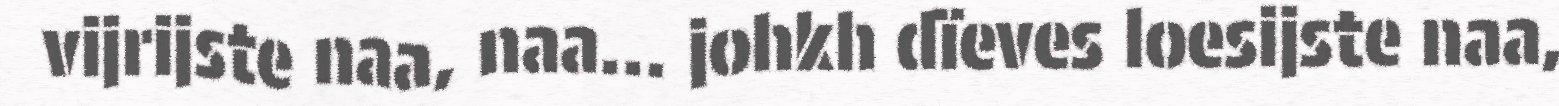
vijrijste naa, naa… johkh dïeves loesijste naa,